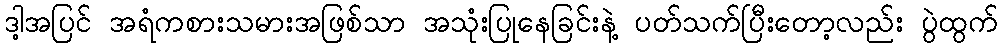
ဒါ့အပြင် အရံကစားသမားအဖြစ်သာ အသုံးပြုနေခြင်းနဲ့ ပတ်သက်ပြီးတော့လည်း ပွဲထွက်